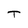
Character: T